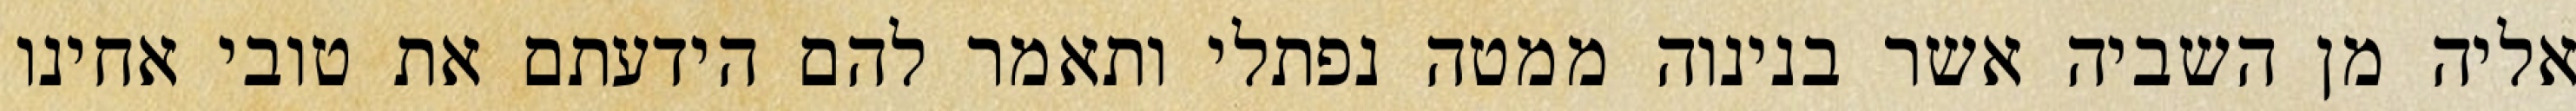
אליה מן השביה אשר בנינוה ממטה נפתלי ותאמר להם הידעתם את טובי אחינו